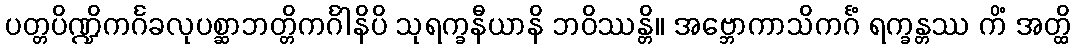
ပတ္တပိဏ္ဍိကင်္ဂခလုပစ္ဆာဘတ္တိကင်္ဂါနိပိ သုရက္ခနီယာနိ ဘဝိဿန္တိ။ အဗ္ဘောကာသိကင်္ဂံ ရက္ခန္တဿ ကိံ အတ္ထိ